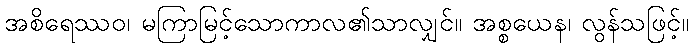
အစိရေဿဝ၊ မကြာမြင့်သောကာလ၏သာလျှင်။ အစ္စယေန၊ လွန်သဖြင့်။